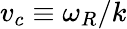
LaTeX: v_{c}\equiv\omega_{R}/k